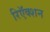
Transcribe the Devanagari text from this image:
रिऍक्शन